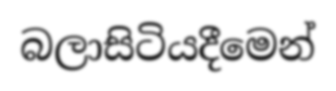
බලාසිටියදීමෙන්